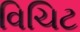
વિચિટ